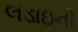
લડાઇની